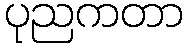
ပုညကတာ